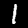
Label: 1